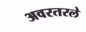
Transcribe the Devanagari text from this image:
अवरतरले